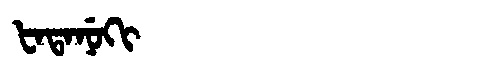
Manchu: ᡶᠠᡨᠠᠨᡠᡴᡳ
Romanization: FATANUKI